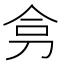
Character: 𭃟